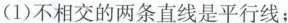
(1)不相交的两条直线是平行线；